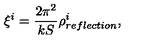
\xi ^ { i } = { \frac { 2 \pi ^ { 2 } } { k S } } \rho _ { r e f l e c t i o n } ^ { i } ,